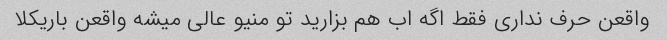
واقعن حرف نداری فقط اگه اب هم بزارید تو منیو عالی میشه واقعن باریکلا